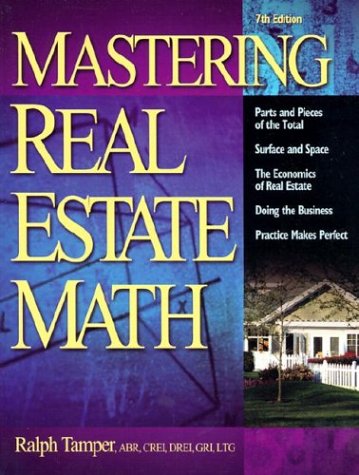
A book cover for Mastering Real Estate Mathematics; Ralph Tamper; Business & Money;